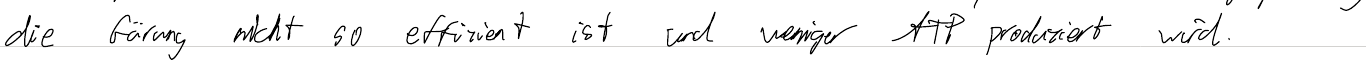
die Gärung nicht so effizient ist und weniger ATP produziert wird.